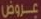
عروض